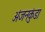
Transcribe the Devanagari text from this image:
अंजनकुंडा